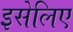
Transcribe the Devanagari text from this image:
इसेलिए